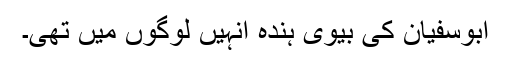
ابوسفیان کی بیوی ہندہ انہیں لوگوں میں تھی۔